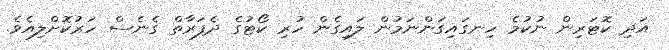
އަދި ކޮޓަރިން ނުކުމެ ހިނގައިގަންނަމުން ލައިގެން ހުރި ކޯޓުގެ ދެފަރާތް ގެނެސް ހަރުކޮށްލިއެވެ.